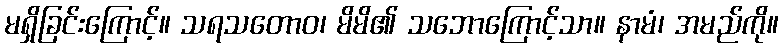
မရှိခြင်းကြောင့်။ သရသတောဝ၊ မိမိ၏ သဘောကြောင့်သာ။ နာမံ၊ အမည်ကို။